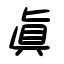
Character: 眞